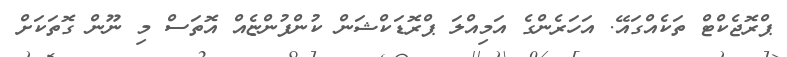
ޕްރޮޖެކްޓް ތަކެއްގައޭ. އަހަރެންގެ އަމިއްލަ ޕްރޮޑަކްޝަން ކުންފުންޏެއް އޮތަސް މި ނޫން ގޮތަކަށް